Report of the Municipal Commissioner on the plague in Bombay for the year ending 31st May... - Volume 3
Disease focus: Plague
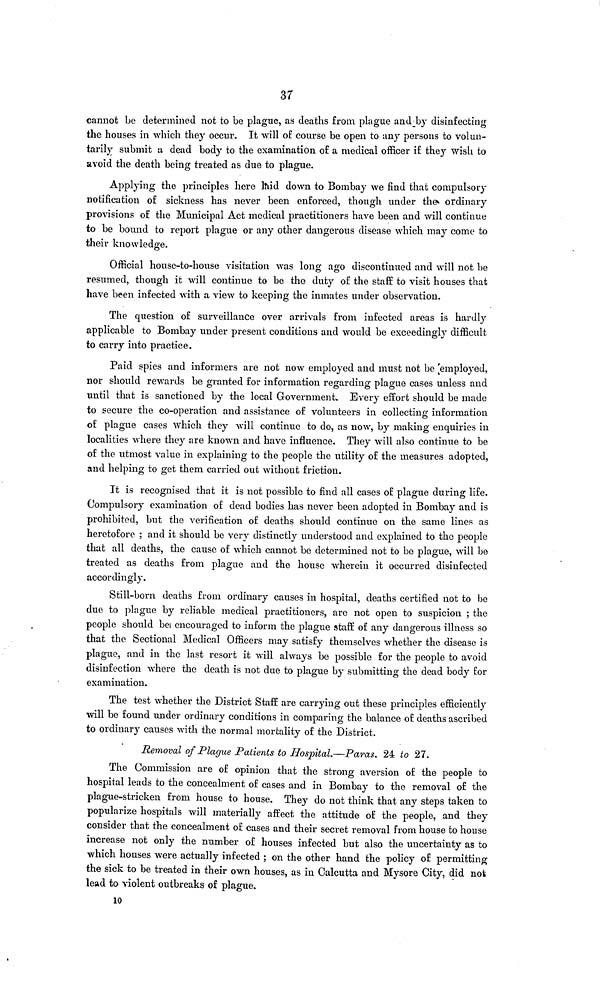
37
cannot be determined not to be plague, as deaths from plague and by disinfecting
the houses in which they occur. It will of course be open to any persons to volun-
tarily submit a dead body to the examination of a medical officer if they wish to
avoid the death being treated as due to plague.
Applying the principles here laid down to Bombay we find that compulsory
notification of sickness has never been enforced, though under the ordinary
provisions of the Municipal Act medical practitioners have been and will continue
to be bound to report plague or any other dangerous disease which may come to
their knowledge.
Official house-to-house visitation was long ago discontinued and will not be
resumed, though it will continue to be the duty of the staff to visit houses that
have been infected with a view to keeping the inmates under observation.
The question of surveillance over arrivals from infected areas is hardly
applicable to Bombay under present conditions and would be exceedingly difficult
to carry into practice.
Paid spies and informers are not now employed and must not be [employed,
nor should rewards be granted for information regarding plague cases unless and
until that is sanctioned by the local Government. Every effort should be made
to secure the co-operation and assistance of volunteers in collecting information
of plague cases which they will continue to do, as now, by making enquiries in
localities where they are known and have influence. They will also continue to be
of the utmost value in explaining to the people the utility of the measures adopted,
and helping to get them carried out without friction.
It is recognised that it is not possible to find all cases of plague during life.
Compulsory examination of dead bodies has never been adopted in Bombay and is
prohibited, but the verification of deaths should continue on the same lines as
heretofore ; and it should be very distinctly understood and explained to the people
that all deaths, the cause of which cannot be determined not to be plague, will be
treated as deaths from plague and the house wherein it occurred disinfected
accordingly.
Still-born deaths from ordinary causes in hospital, deaths certified not to be
due to plague by reliable medical practitioners, are not open to suspicion ; the
people should be encouraged to inform the plague staff of any dangerous illness so
that the Sectional Medical Officers may satisfy themselves whether the disease is
plague, and in the last resort it will always be possible for the people to avoid
disinfection where the death is not due to plague by submitting the dead body for
examination.
The test whether the District Staff are carrying out these principles efficiently
will be found under ordinary conditions in comparing the balance of deaths ascribed
to ordinary causes with the normal mortality of the District.
Removal of Plague Patients to Hospital.—Paras. 24 to 27.
The Commission are of opinion that the strong aversion of the people to
hospital leads to the concealment of cases and in Bombay to the removal of the
plague-stricken from house to house. They do not think that any steps taken to
popularize hospitals will materially affect the attitude of the people, and they
consider that the concealment of cases and their secret removal from house to house
increase not only the number of houses infected but also the uncertainty as to
which houses were actually infected ; on the other hand the policy of permitting
the sick to be treated in their own houses, as in Calcutta and Mysore City, did not
lead to violent outbreaks of plague.
10